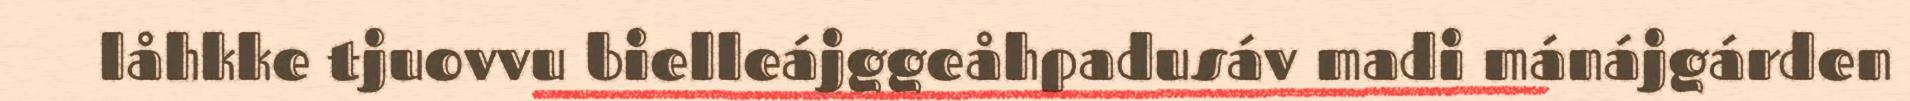
låhkke tjuovvu bielleájggeåhpadusáv madi mánájgárden